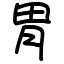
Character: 胃